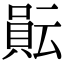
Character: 𧶊